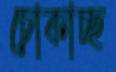
চোকাচ্ছ